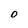
Character: 0